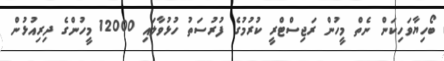
ބޯހިޔާވަހިކަން ނެތް މީހުން ރަޖިސްޓްރީ ކުރުމުގެ ފުރުސަތު ހުޅުވާލައި 12000 މީހުންގެ ދިރިއުޅުން